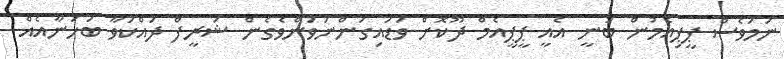
ނަމަވެސް ޕީޕިއެމުން ބުނީ އެއީ ޕީޕީއެމް ދޫކޮށް ވަޑައިގަންނަވަންވެގެން ޝަރީފް ދައްކަވާ ބަހަނާއެއް